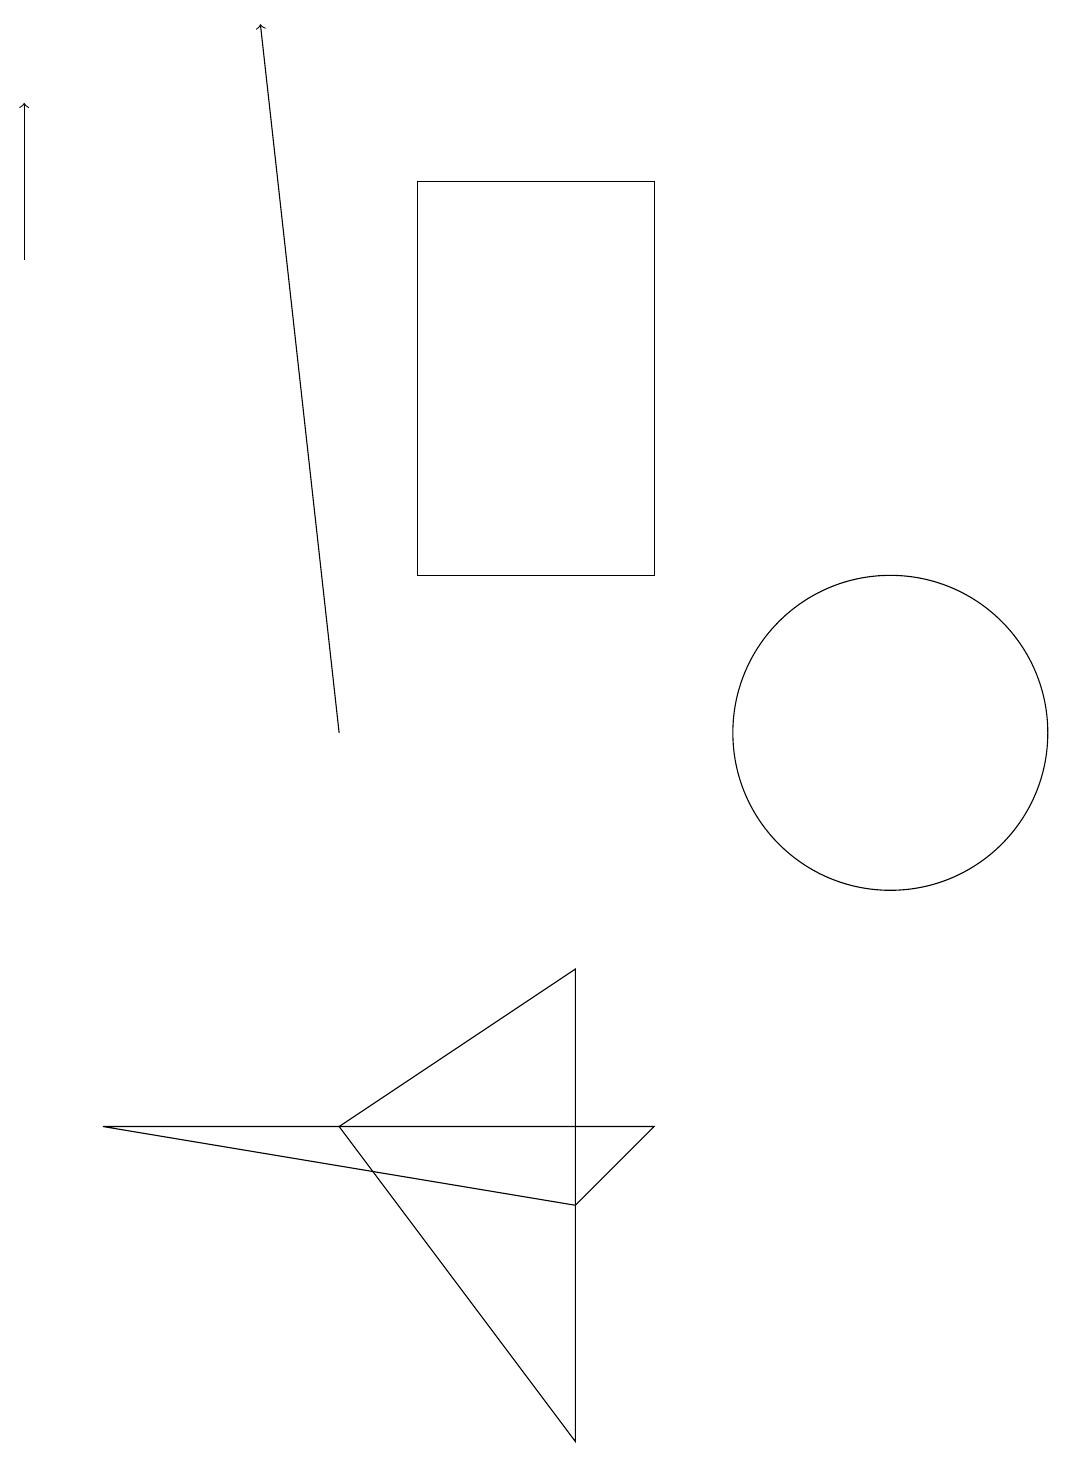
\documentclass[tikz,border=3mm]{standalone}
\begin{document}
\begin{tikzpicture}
\draw (9,10) rectangle (9,10);
\draw (8,12) rectangle (5,17);
\draw (4,5) -- (7,7) -- (7,1) -- cycle;
\draw[->] (0,16) -- (0,18);
\draw (11,10) circle (2);
\draw (8,5) -- (7,4) -- (1,5) -- cycle;
\draw[->] (4,10) -- (3,19);
\draw (10,11) circle (0);
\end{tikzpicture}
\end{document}